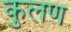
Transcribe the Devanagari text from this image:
कुलण